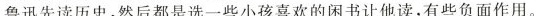
鲁迅先读历史,然后都是选一些小孩喜欢的闲书让他读,有些负面作用。